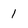
Character: 1